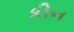
કીન